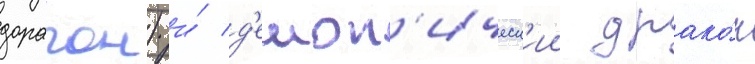
дорагон) и́ д'емон'ическ'ии драко́н